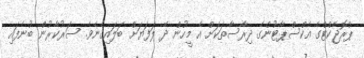
ޕްރޮޖެކްޓްގެ އެކްސްޕާޓުންގެ ދިރާސާތަކަށް އެ މީހުން ދޭ ލަފަޔަށް ބަލައިގެނެވެ. ސަރުކާރުން ބުނެފައި